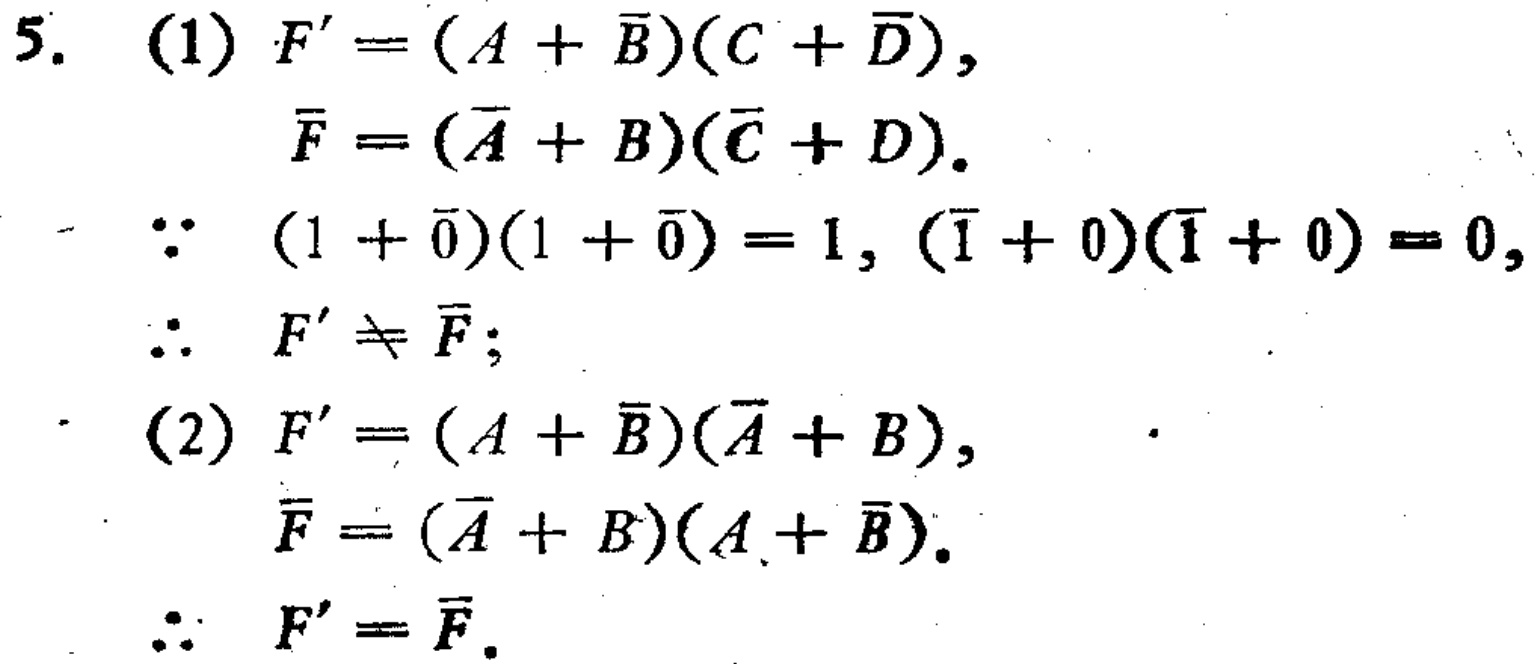
5. (1) \(F'=(A + \overline{B})(C+\overline{D})\),

\(\overline{F}=(\overline{A}+B)(\overline{C}+D)\).

\(\because (1 + \overline{0})(1+\overline{0}) = 1, (\overline{1}+0)(\overline{1}+0)=0\),

\(\therefore F'\neq\overline{F}\);

(2) \(F'=(A + \overline{B})(\overline{A}+B)\),

\(\overline{F}=(\overline{A}+B)(A+\overline{B})\).

\(\therefore F'=\overline{F}\).